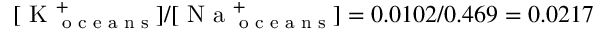
[ \textrm { K } _ { \textrm { o c e a n s } } ^ { + } ] / [ \textrm { N a } _ { \textrm { o c e a n s } } ^ { + } ] = 0 . 0 1 0 2 / 0 . 4 6 9 = 0 . 0 2 1 7